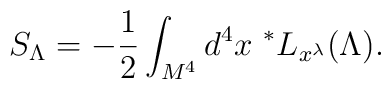
S_{\Lambda} = - {1\over2} \int_{M^4} d^4x \ ^*L_{x^\lambda}(\Lambda).